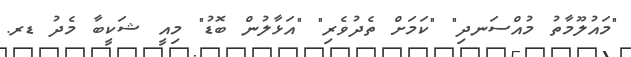
"މައުލޫމާތު މުއްސަނދި" "ކަމަށް ތެދުވެރި" "އަޅާލުން ބޮޑު" މިއީ ޝަކީބާ މެދު ޑރ.